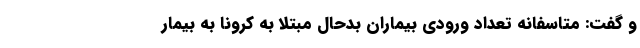
و گفت: متاسفانه تعداد ورودی بیماران بدحال مبتلا به کرونا به بیمار